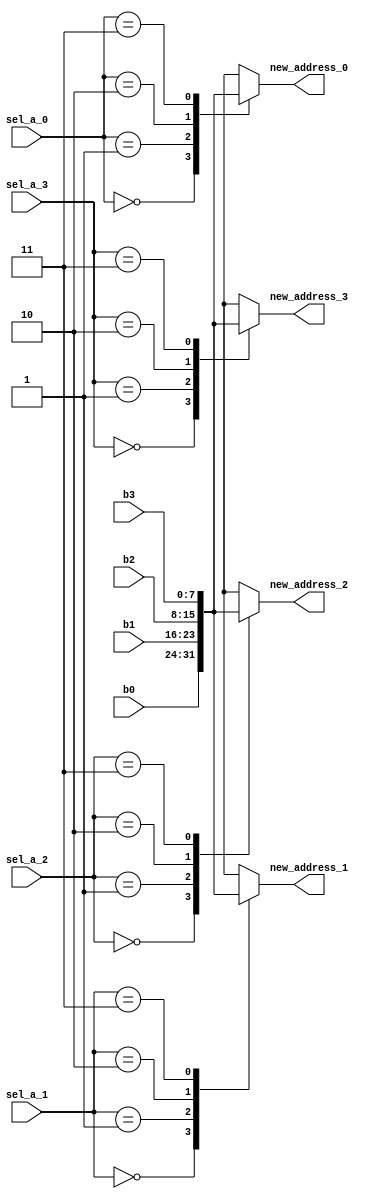
module network_bank_in #(parameter addr_width = 8)(
    input [addr_width-1:0] b0,b1,b2,b3,
    input [1:0] sel_a_0,sel_a_1,sel_a_2,sel_a_3,
    output reg [addr_width-1:0] new_address_0,new_address_1,new_address_2,new_address_3
    );
    
    always@(*)
    begin
      case(sel_a_0)
        2'b00:new_address_0 = b0;
        2'b01:new_address_0 = b1;
        2'b10:new_address_0 = b2;
        2'b11:new_address_0 = b3;
        default:new_address_0 = b0;
      endcase
    end
    
    always@(*)
    begin
      case(sel_a_1)
        2'b00:new_address_1 = b0;
        2'b01:new_address_1 = b1;
        2'b10:new_address_1 = b2;
        2'b11:new_address_1 = b3;
        default:new_address_1 = b0;
      endcase
    end
    
    always@(*)
    begin
      case(sel_a_2)
        2'b00:new_address_2 = b0;
        2'b01:new_address_2 = b1;
        2'b10:new_address_2 = b2;
        2'b11:new_address_2 = b3;
        default:new_address_2 = b0;
      endcase
    end
    
    always@(*)
    begin
      case(sel_a_3)
        2'b00:new_address_3 = b0;
        2'b01:new_address_3 = b1;
        2'b10:new_address_3 = b2;
        2'b11:new_address_3 = b3;
        default:new_address_3 = b0;
      endcase
    end

endmodule